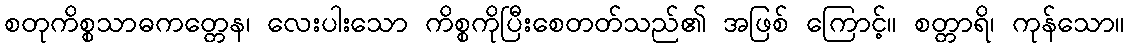
စတုကိစ္စသာဓကတ္တေန၊ လေးပါးသော ကိစ္စကိုပြီးစေတတ်သည်၏ အဖြစ် ကြောင့်။ စတ္တာရိ၊ ကုန်သော။